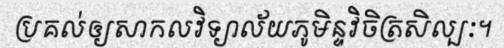
ប្រគល់ឲ្យសាកលវិទ្យាល័យភូមិន្ទវិចិត្រសិល្បៈ។